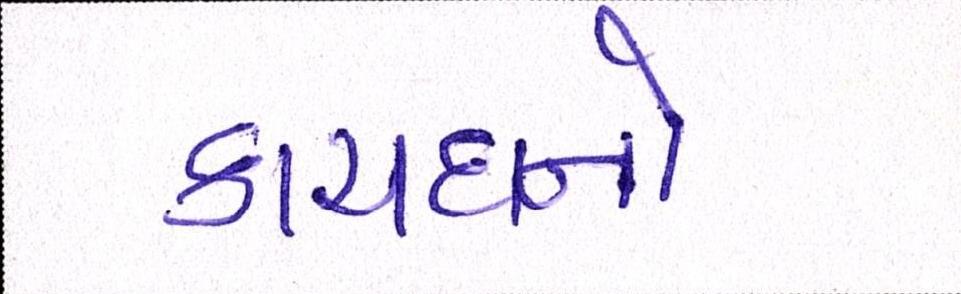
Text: કાયદાનો